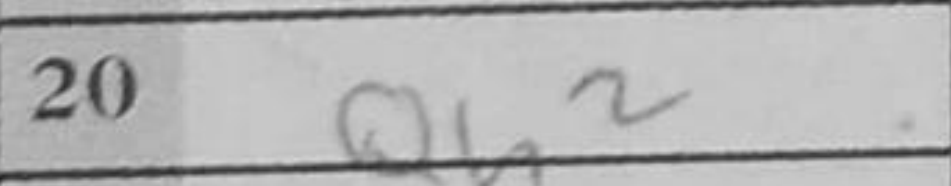
Transcription: Qh2